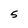
Character: 5